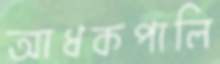
আধকপালি